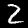
Digit: 2